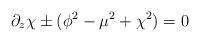
LaTeX: \begin{align*}\partial_z\chi \pm (\phi^2 - \mu^2 + \chi^2) = 0\end{align*}